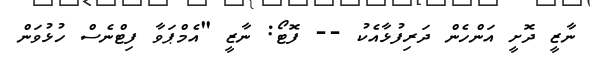
ނާޒީ ދޮށީ އަންހެން ދަރިފުޅާއެކު -- ފޮޓޯ: ނާޒީ "އެމްޕަވާ ފިޓްނެސް ހުޅުވަން